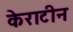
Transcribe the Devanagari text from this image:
केराटीन